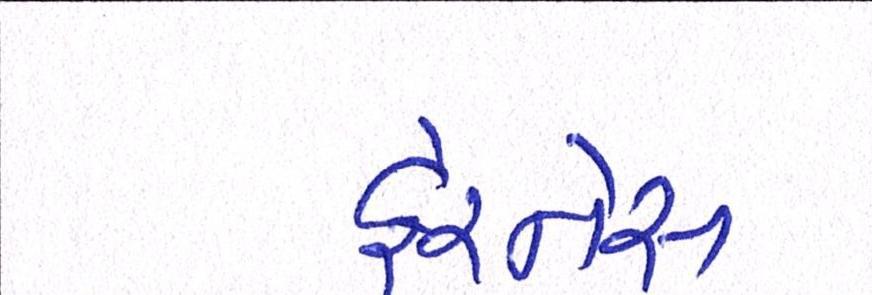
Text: ફેરનેસ